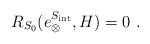
\begin{align*}R_{S_0}(e_{\otimes}^{S_{\mathrm{int}}},H)=0 \ .\end{align*}